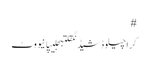
#
کراچیلوڈشیڈنگقلتبجلیپانیووٹ